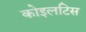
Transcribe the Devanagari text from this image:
कोइलटिस